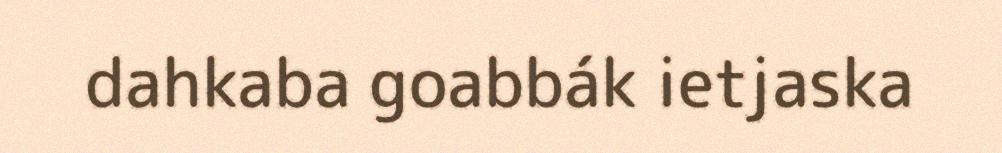
dahkaba goabbák ietjaska